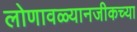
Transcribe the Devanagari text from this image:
लोणावळ्यानजीकच्या